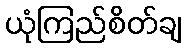
ယုံကြည်စိတ်ချ